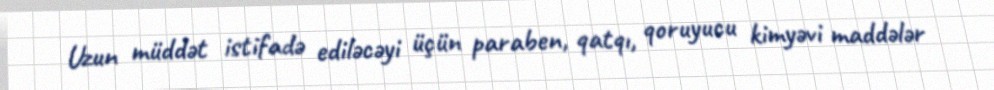
Uzun müddət istifadə ediləcəyi üçün paraben, qatqı, qoruyucu kimyəvi maddələr